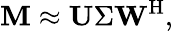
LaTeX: \mathbf{M}\approx\mathbf{U}\Sigma\mathbf{W}^{\mathrm{H}},